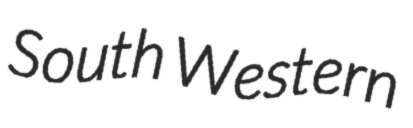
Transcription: South Western